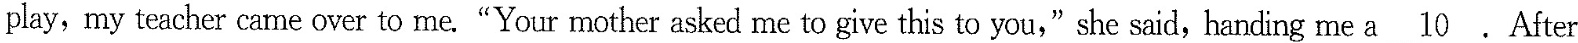
play, my teacher came over to me. “Your mother asked me to give this to you,”she said, handing me a \underline{10}. After